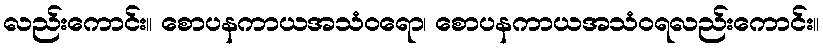
လည်းကောင်း။ စောပနကာယအသံဝရော၊ စောပနကာယအသံဝရလည်းကောင်း။